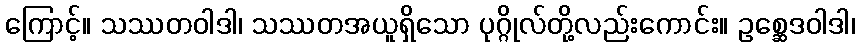
ကြောင့်။ သဿတဝါဒါ၊ သဿတအယူရှိသော ပုဂ္ဂိုလ်တို့လည်းကောင်း။ ဥစ္ဆေဒဝါဒါ၊